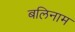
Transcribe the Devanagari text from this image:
बलिनाम